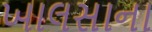
ખાલસાના